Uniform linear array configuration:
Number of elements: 48
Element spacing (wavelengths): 0.5
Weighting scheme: uniform
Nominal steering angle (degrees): -45
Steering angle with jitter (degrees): -43.262
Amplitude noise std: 0.05
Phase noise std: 0.05

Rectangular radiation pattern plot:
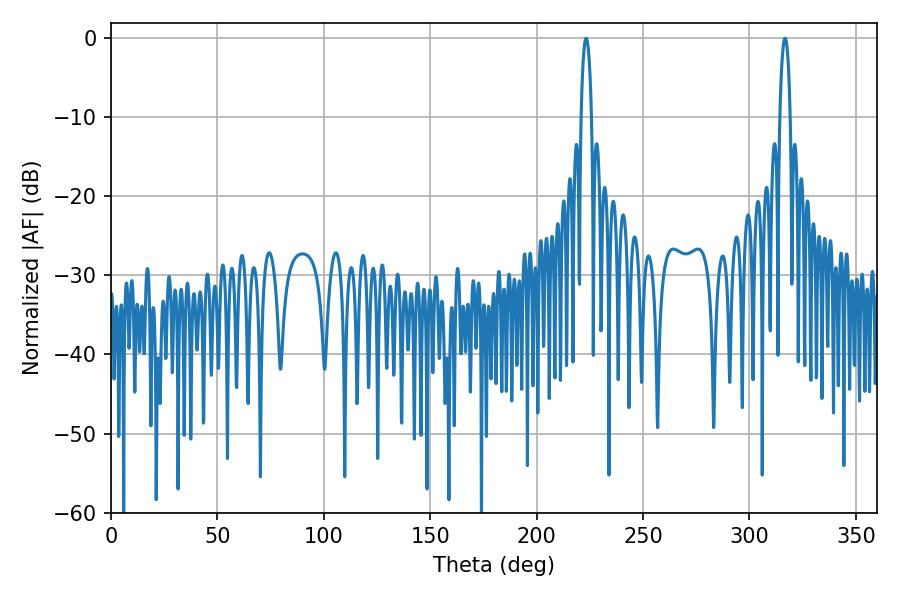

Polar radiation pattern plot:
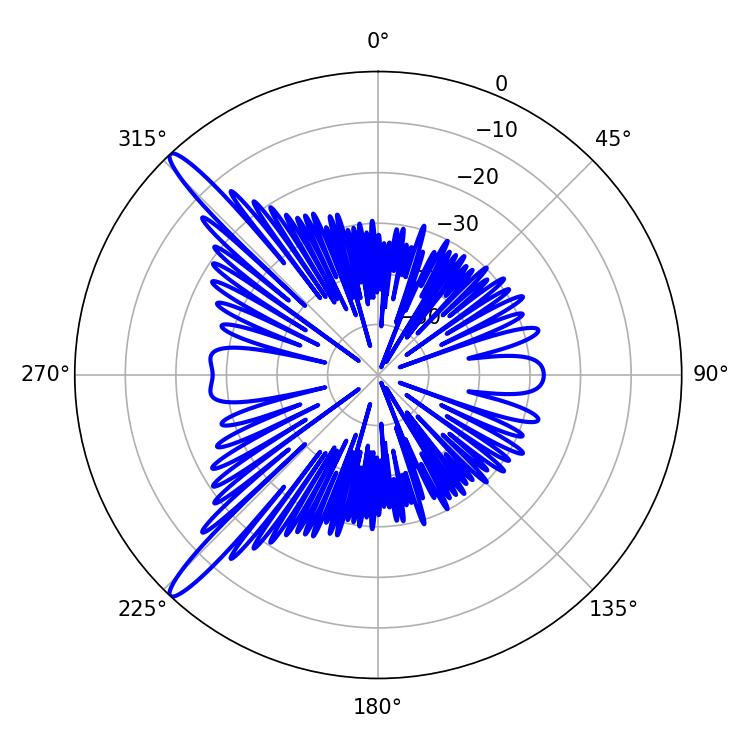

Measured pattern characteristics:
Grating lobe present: FALSE
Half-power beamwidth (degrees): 2.7
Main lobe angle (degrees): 223.2